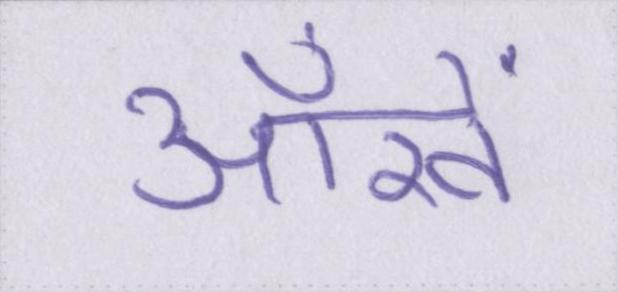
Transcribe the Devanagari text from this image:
आँखें